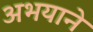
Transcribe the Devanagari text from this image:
अभयाने